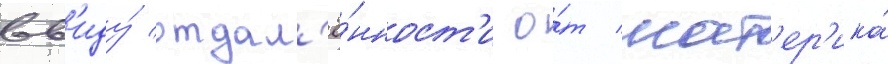
вв'иду́ отдал'ё́нност'и о́т мат'ер'ика́